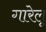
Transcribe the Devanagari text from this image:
गारेलू